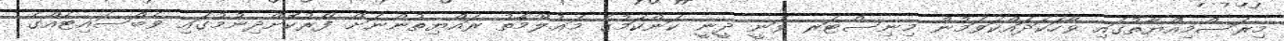
މިރަސްމިއްޔާތުގައި ވާހަކަދައްކަވަމުން މިނިސްޓަރ ވަނީ ދީނީ ކަންކަމުގެ މަޢުލޫމާތު ރައްޔިތުންނަށް ފޯރުކޮށްދިނުމުގައި ވެބްސައިޓެއްގެ